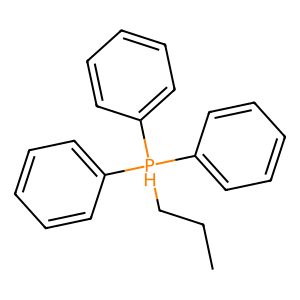
SMILES: CCC[PH](c1ccccc1)(c1ccccc1)c1ccccc1
Inhibits HIV replication: No